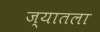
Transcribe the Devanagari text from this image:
ज्यातला